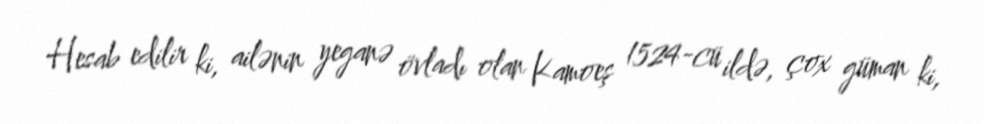
Hesab edilir ki, ailənin yeganə övladı olan Kamoeş 1524-cü ildə, çox güman ki,